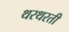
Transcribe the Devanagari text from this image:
थरथरती